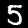
Digit: 5